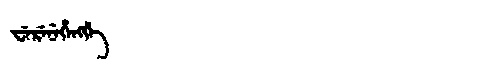
Manchu: ᠸᡝᡵᡝᠨᡝᡥᡝᠩᡤᡝ
Romanization: WERENEHENGGE